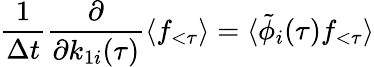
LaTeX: \frac{1}{\Delta t}\frac{\partial}{\partial k_{1i}(\tau)}\langle f_{<\tau}\rangle=\langle\tilde{\phi}_{i}(\tau)f_{<\tau}\rangle